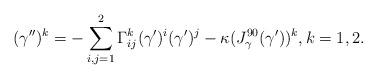
LaTeX: \begin{align*}(\gamma^{\prime\prime})^k=-\sum_{i,j=1}^2\Gamma^k_{ij}(\gamma^\prime)^i(\gamma^\prime)^j-\kappa (J^{90}_\gamma(\gamma'))^k,k=1,2.\end{align*}